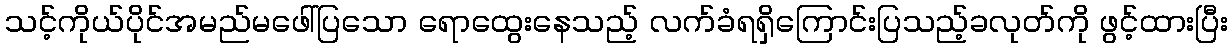
သင့်ကိုယ်ပိုင်အမည်မဖေါ်ပြသော ရောထွေးနေသည့် လက်ခံရရှိကြောင်းပြသည့်ခလုတ်ကို ဖွင့်ထားပြီး